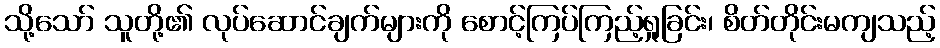
သို့သော် သူတို့၏ လုပ်ဆောင်ချက်များကို စောင့်ကြပ်ကြည့်ရှုခြင်း၊ စိတ်တိုင်းမကျသည့်